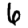
Digit: 6